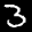
Label: 3